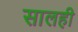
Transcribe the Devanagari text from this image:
सालही